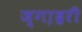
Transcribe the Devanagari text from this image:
ज्गा़द्ररी